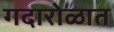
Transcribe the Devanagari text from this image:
गदारोळात